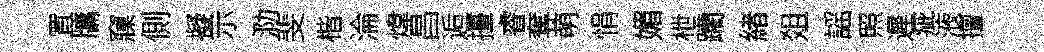
罝牗䆿側擬示泐斐楷淪煒昌逅擡睿奪萌悁媚枻躪緖爼謡照遲疵液擅